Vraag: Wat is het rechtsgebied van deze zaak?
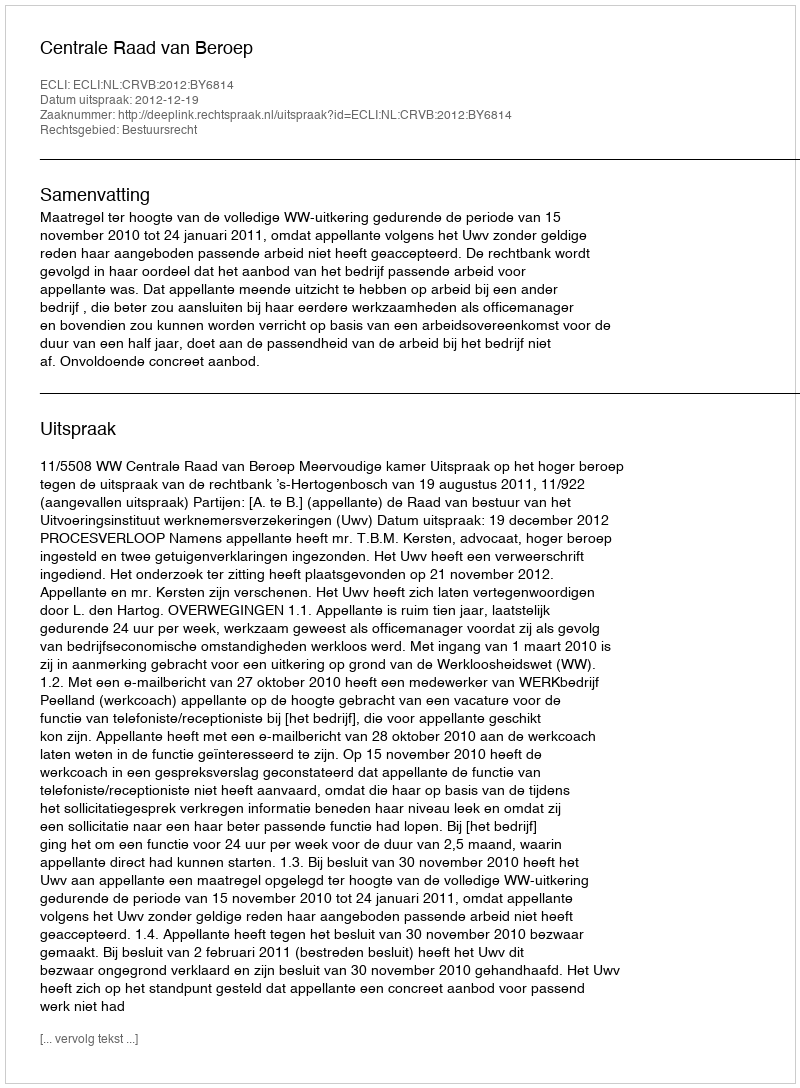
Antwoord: Bestuursrecht